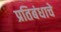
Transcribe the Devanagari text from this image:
प्रतिबंधाचे